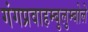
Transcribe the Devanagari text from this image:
गंगप्रवाहम्बुलुम्बोले